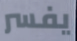
يفسر